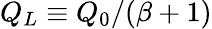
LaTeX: Q_{L}\equiv Q_{0}/(\beta+1)